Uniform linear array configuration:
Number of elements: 12
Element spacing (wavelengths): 0.75
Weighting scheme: hann
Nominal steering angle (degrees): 15
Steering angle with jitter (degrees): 14.499
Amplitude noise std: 0.05
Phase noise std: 0.05

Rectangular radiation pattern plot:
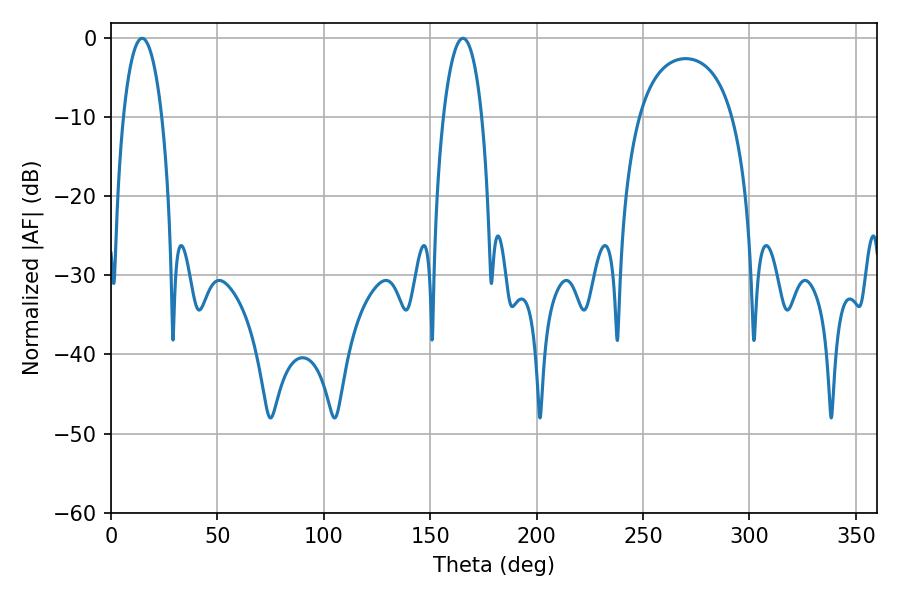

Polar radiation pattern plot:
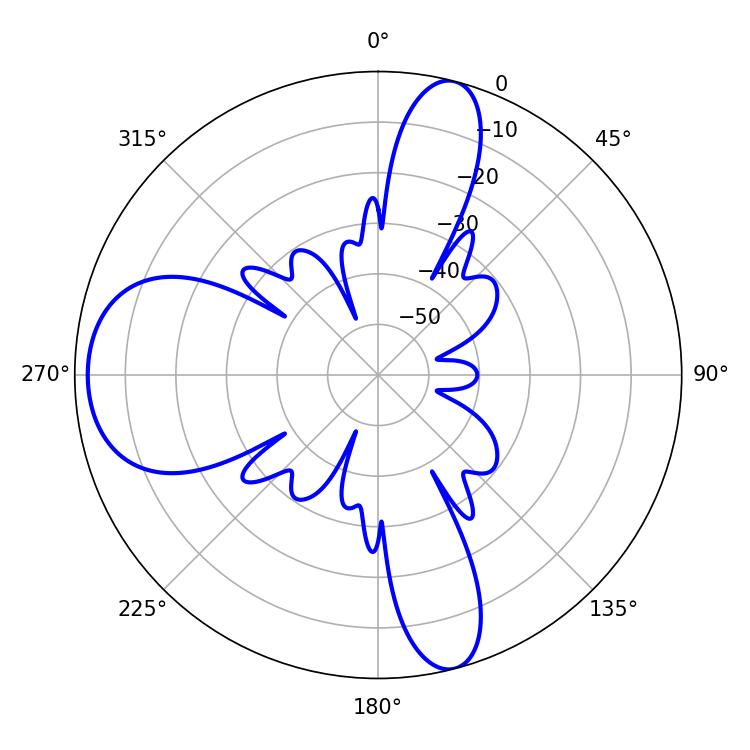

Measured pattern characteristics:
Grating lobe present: TRUE
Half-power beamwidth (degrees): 10.26
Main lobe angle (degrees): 165.42